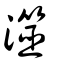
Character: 澨